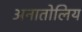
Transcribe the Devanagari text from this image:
अनातोलिय